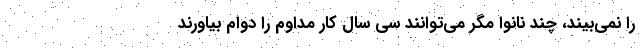
را نمي‌بيند، چند نانوا مگر مي‌توانند سي سال كار مداوم را دوام بياورند